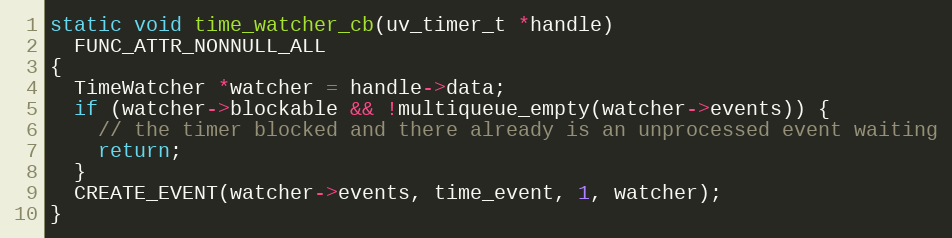
Language: C
static void time_watcher_cb(uv_timer_t *handle)
  FUNC_ATTR_NONNULL_ALL
{
  TimeWatcher *watcher = handle->data;
  if (watcher->blockable && !multiqueue_empty(watcher->events)) {
    // the timer blocked and there already is an unprocessed event waiting
    return;
  }
  CREATE_EVENT(watcher->events, time_event, 1, watcher);
}